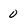
Character: 0